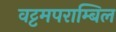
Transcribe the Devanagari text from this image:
वट्टमपराम्बिल